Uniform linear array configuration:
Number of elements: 24
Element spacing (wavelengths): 0.25
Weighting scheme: binomial
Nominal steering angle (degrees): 45
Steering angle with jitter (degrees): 46.532
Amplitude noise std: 0.05
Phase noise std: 0.05

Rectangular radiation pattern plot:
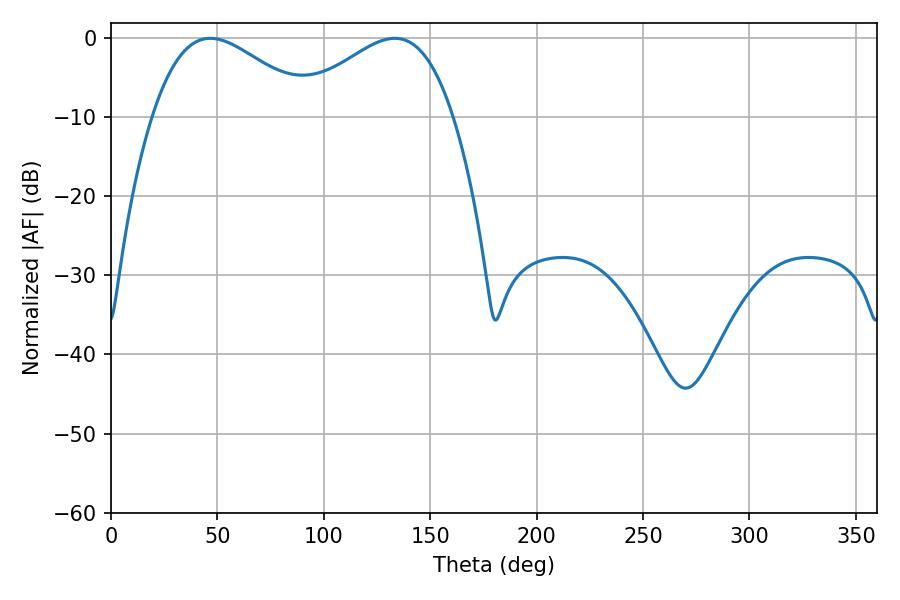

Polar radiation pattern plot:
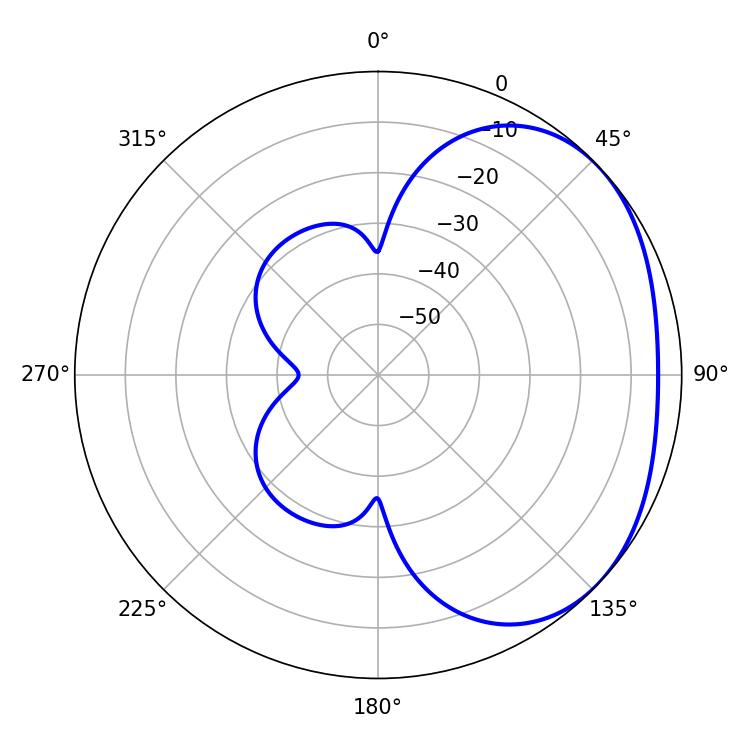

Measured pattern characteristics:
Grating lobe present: FALSE
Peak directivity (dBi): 2.388
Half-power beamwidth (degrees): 40.5
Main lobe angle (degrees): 46.62